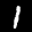
Label: 1